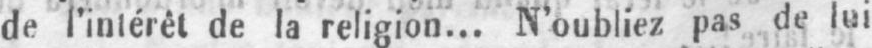
de i’inlérêt de la religion... N’oubliez pas de lui